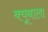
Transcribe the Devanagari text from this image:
क्यूबाला